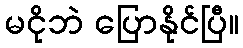
မငိုဘဲ ပြောနိုင်ပြီ။